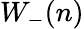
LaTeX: W_{-}(n)